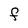
Character: F